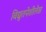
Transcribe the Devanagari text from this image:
विद्युतपेशीलेख